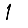
Digit: 1